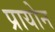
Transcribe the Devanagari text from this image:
प्रायोन